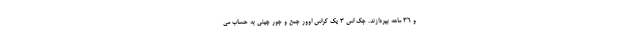
و ۳۶ ماهه بپردازند. جک اس ۳ یک کراس اوور جمع و جور چینی به حساب می